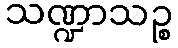
သဏ္ဍာသဉ္စ